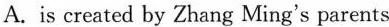
题目：信息时代孩子对父母的文化反哺体裁：议论文难度；★★★★建议用时；7分钟评价：__/5